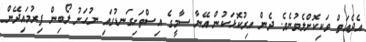
އެދެއަތް ވަކިކޮށްލެވުނެވެ. ދެން އިރުކޮޅަކުން އޭނާ ސާމީގެ އިސްތަށިގަނޑުގައި ނުހަނު ލޯބިން ފިރުމައިދޭން